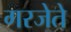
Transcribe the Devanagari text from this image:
गरजेते